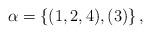
LaTeX: \begin{align*}\alpha=\{(1,2,4),(3)\}\,,\end{align*}